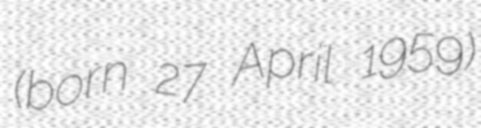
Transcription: (born 27 April 1959)